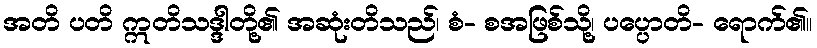
အတိ ပတိ ဣတိသဒ္ဒါတို့၏ အဆုံးတိသည်၊ စံ- စအဖြစ်သို့၊ ပပ္ပောတိ- ရောက်၏။